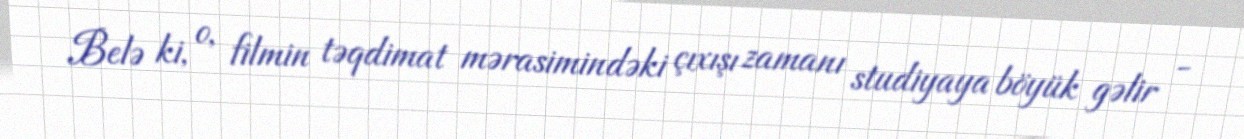
Belə ki, o, filmin təqdimat mərasimindəki çıxışı zamanı studiyaya böyük gəlir -